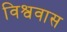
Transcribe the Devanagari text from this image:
विश्ववास